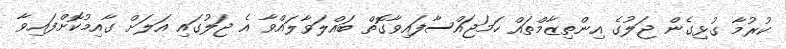
ކުރުމާ ގުޅިގެން ޖަލުގެ އިންތިޒާމްތައް ހަމަޖައްސާފައިވާގޮތް ބައްލަވާލައްވާ އެ ޖަލުގައި އަލަށް ގާއިމުކޮށްފައިވާ